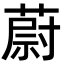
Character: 蔚